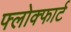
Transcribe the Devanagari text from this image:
फ्लोक्फार्ट